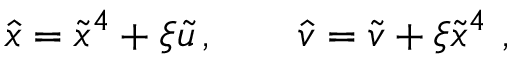
\hat { x } = \tilde { x } ^ { 4 } + \xi \tilde { u } \, , \qquad \hat { v } = \tilde { v } + \xi \tilde { x } ^ { 4 } \ ,